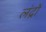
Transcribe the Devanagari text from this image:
लंद्रों